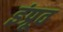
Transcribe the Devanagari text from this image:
इंप्रूव